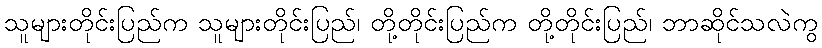
သူများတိုင်းပြည်က သူများတိုင်းပြည်၊ တို့တိုင်းပြည်က တို့တိုင်းပြည်၊ ဘာဆိုင်သလဲကွ